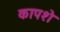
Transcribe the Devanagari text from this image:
कापशे